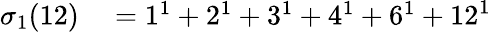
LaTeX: \begin{array}{rl}{\sigma_{1}(12)}&{{}=1^{1}+2^{1}+3^{1}+4^{1}+6^{1}+12^{1}}\end{array}